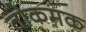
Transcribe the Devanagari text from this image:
तोकमक